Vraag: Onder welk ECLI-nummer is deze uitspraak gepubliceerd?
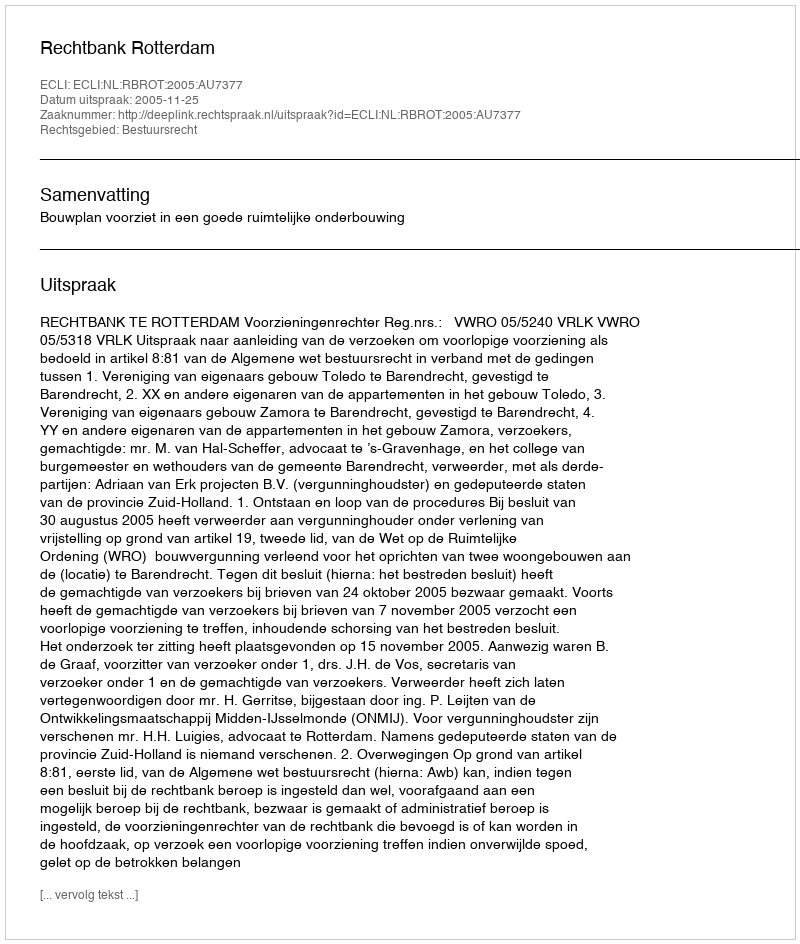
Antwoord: ECLI:NL:RBROT:2005:AU7377